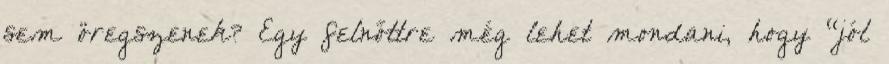
sem öregszenek? Egy felnőttre még lehet mondani, hogy “jól